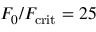
F _ { 0 } / F _ { \mathrm { c r i t } } = 2 5